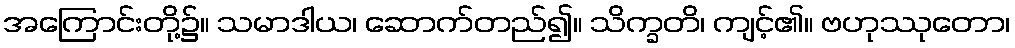
အကြောင်းတို့၌။ သမာဒါယ၊ ဆောက်တည်၍။ သိက္ခတိ၊ ကျင့်၏။ ဗဟုဿုတော၊